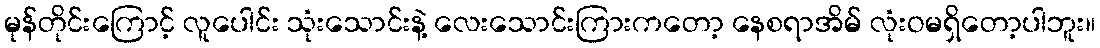
မုန်တိုင်းကြောင့် လူပေါင်း သုံးသောင်းနဲ့ လေးသောင်းကြားကတော့ နေစရာအိမ် လုံးဝမရှိတော့ပါဘူး။